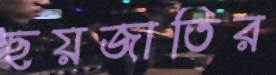
ছয়জাতির